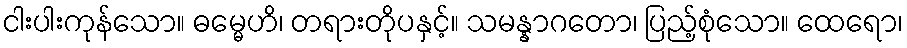
ငါးပါးကုန်သော။ ဓမ္မေဟိ၊ တရားတိုပနှင့်။ သမန္နာဂတော၊ ပြည့်စုံသော။ ထေရော၊